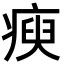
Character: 瘐